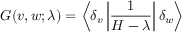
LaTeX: G ( v , w ; \lambda ) = \left\langle \delta _ { v } \left| { \frac { 1 } { H - \lambda } } \right| \delta _ { w } \right\rangle